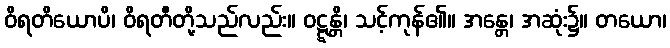
ဝိရတိယောပိ၊ ဝိရတီတို့သည်လည်း။ ဝဋ္ဋန္တိ၊ သင့်ကုန်၏။ အန္တေ၊ အဆုံး၌။ တယော၊